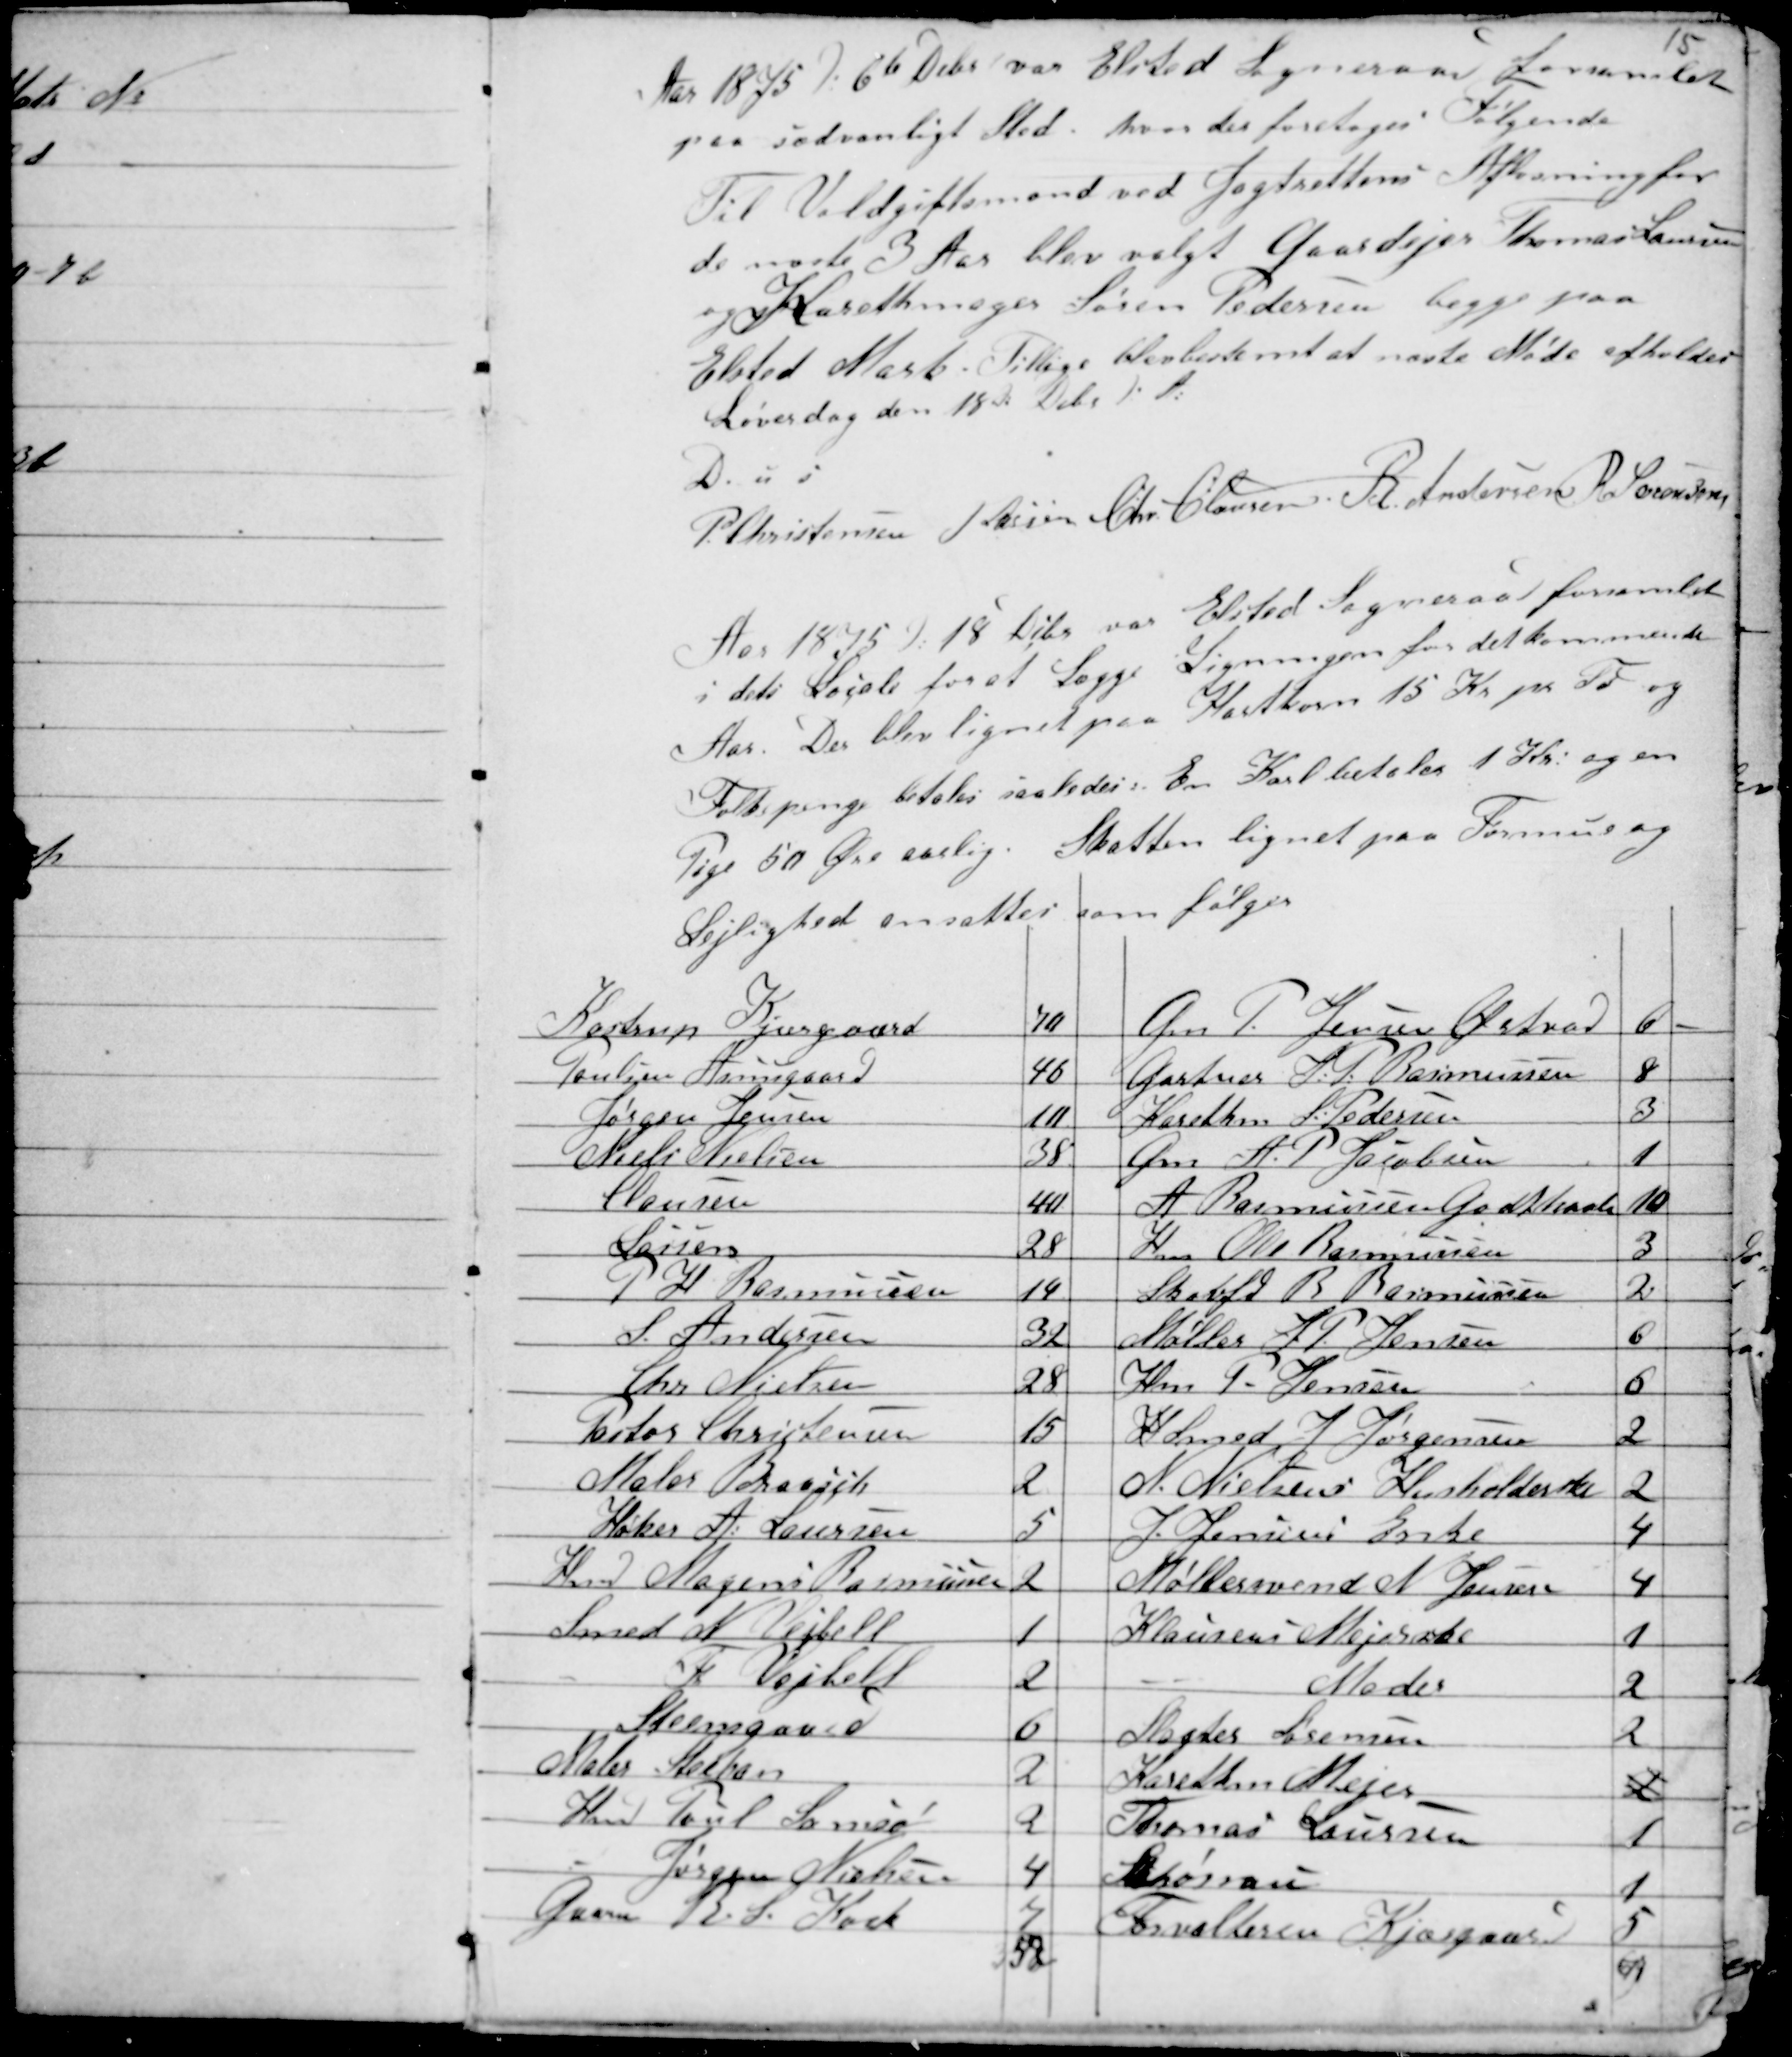
Transskription:
15

Aar 1875 d. 6 d Debr var Elsted Sogneraad forsamlet
paa sædvanligt Sted . hvor der foretoges Følgende
Til Voldgiftsmand ved Jagtrettens Afløsning for
de næste 3 Aar blev valgt Gaardejer Thomas Laursen
og Karethmager Søren Pedersen begge paa
Elsted Mark. Tillige blev bestemt at næste Møde afholdes
Løverdag den 18de Debr d.A:
D. u s
P. Christensen H Lassen Chr. Clausen R. Andersen R Sørensen

Aar 1875 d. 18d Dcbr var Elsted Sogneraad forsamlet
i dets Locale for at Lægge Ligningen for det kommende
Aar. Der blev lignet paa Hartkorn 15 Kr pr Td og
Folkepenge betales saaledes: En Karl betaler 1 Kr: og en
Pige 50 Øre aarlig. Skatten lignet paa Formue og
Lejlighed ansattes som følger